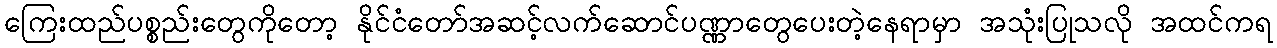
ကြေးထည်ပစ္စည်းတွေကိုတော့ နိုင်ငံတော်အဆင့်လက်ဆောင်ပဏ္ဏာတွေပေးတဲ့နေရာမှာ အသုံးပြုသလို အထင်ကရ